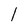
Character: l